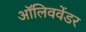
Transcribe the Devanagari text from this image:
ऑलिववेंडर